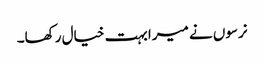
نرسوں نے میرا بہت خیال رکھا۔